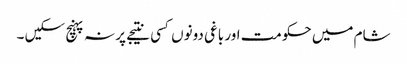
شام میں حکومت اور باغی دونوں کسی نتیجے پر نہ پہنچ سکیں ۔